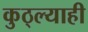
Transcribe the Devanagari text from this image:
कुठ्ल्याही